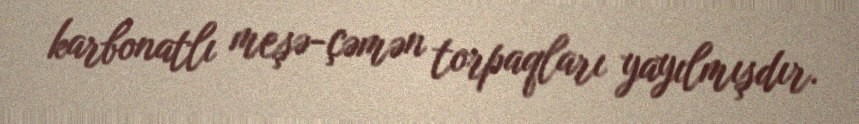
karbonatlı meşə-çəmən torpaqları yayılmışdır.